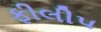
ફીલીપ